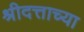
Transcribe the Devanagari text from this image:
श्रीदत्ताच्या